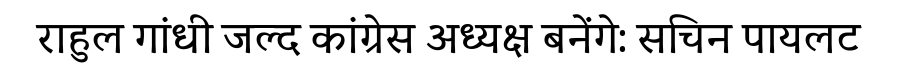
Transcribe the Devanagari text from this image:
राहुल गांधी जल्द कांग्रेस अध्यक्ष बनेंगे: सचिन पायलट